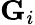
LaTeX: {\mathbf G}_{i}